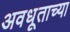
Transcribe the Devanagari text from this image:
अवधूताच्या